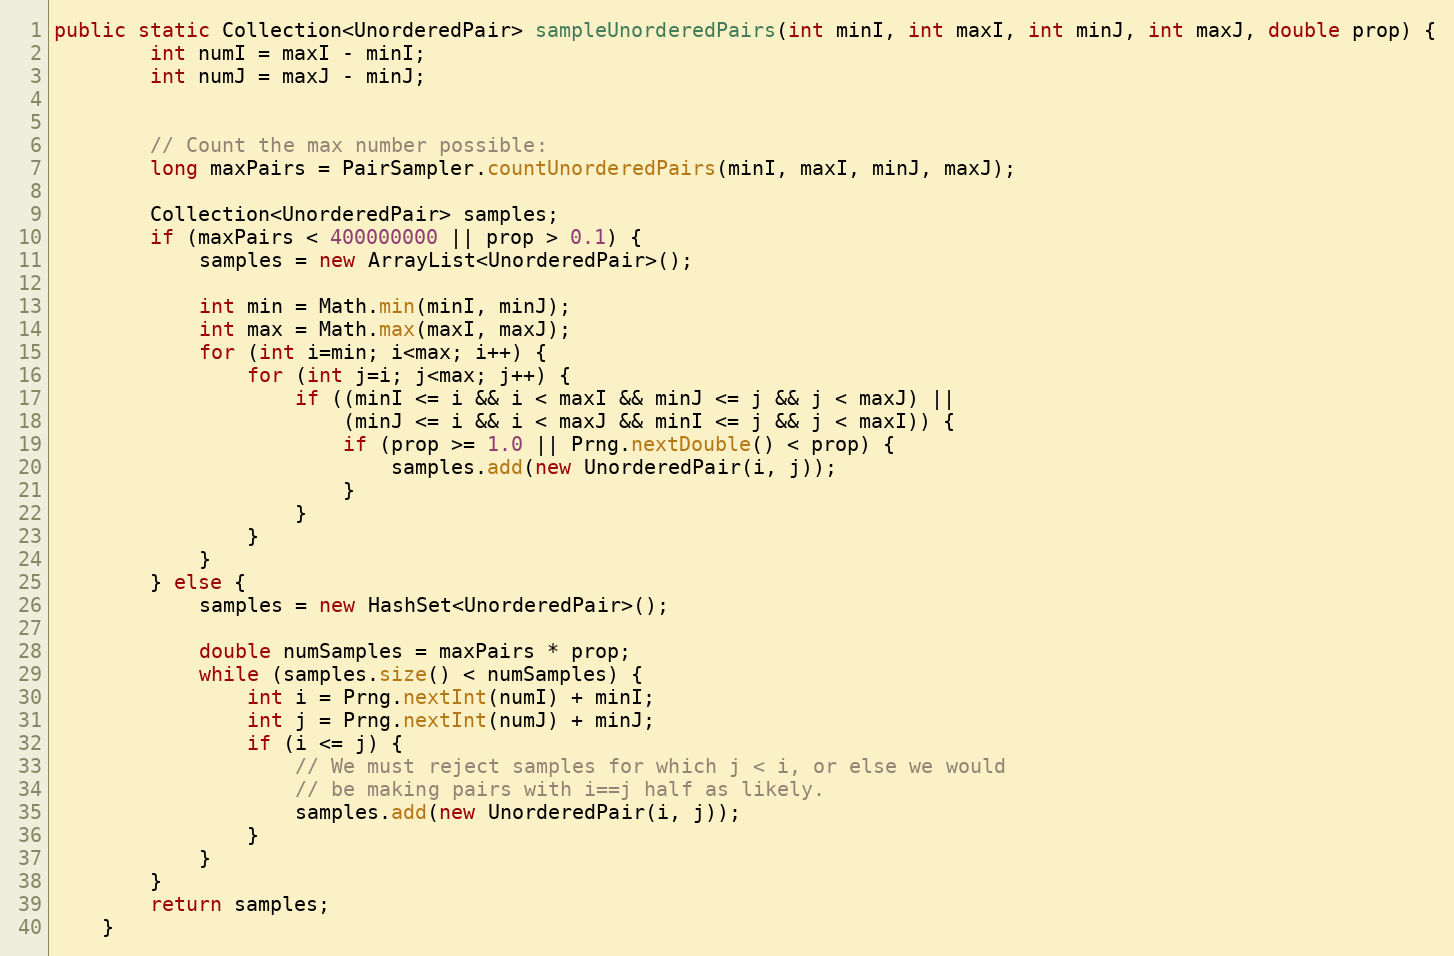
Language: Java
public static Collection<UnorderedPair> sampleUnorderedPairs(int minI, int maxI, int minJ, int maxJ, double prop) {
        int numI = maxI - minI;
        int numJ = maxJ - minJ;

        // Count the max number possible:
        long maxPairs = PairSampler.countUnorderedPairs(minI, maxI, minJ, maxJ);

        Collection<UnorderedPair> samples;
        if (maxPairs < 400000000 || prop > 0.1) {
            samples = new ArrayList<UnorderedPair>();

            int min = Math.min(minI, minJ);
            int max = Math.max(maxI, maxJ);
            for (int i=min; i<max; i++) {
                for (int j=i; j<max; j++) {
                    if ((minI <= i && i < maxI && minJ <= j && j < maxJ) ||
                        (minJ <= i && i < maxJ && minI <= j && j < maxI)) {
                        if (prop >= 1.0 || Prng.nextDouble() < prop) {
                            samples.add(new UnorderedPair(i, j));
                        }
                    }
                }
            }
        } else {
            samples = new HashSet<UnorderedPair>();

            double numSamples = maxPairs * prop;
            while (samples.size() < numSamples) {
                int i = Prng.nextInt(numI) + minI;
                int j = Prng.nextInt(numJ) + minJ;
                if (i <= j) {
                    // We must reject samples for which j < i, or else we would
                    // be making pairs with i==j half as likely.
                    samples.add(new UnorderedPair(i, j));
                }
            }
        }
        return samples;
    }